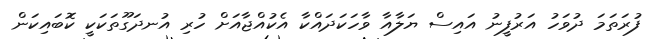
ފުރަތަމަ ދުވަހު އަރުފީނު އައިސް ޔަލާއާ ވާހަކަދައްކާ އެކުއްޖާއަށް ހުރި އުނދަގޫތަކަކީ ކޮބައިކަން